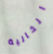
الخالية